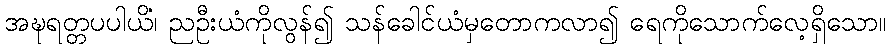
အဍ္ဎရတ္တပပါယိံ၊ ညဦးယံကိုလွန်၍ သန်ခေါင်ယံမှတောကလာ၍ ရေကိုသောက်လေ့ရှိသော။